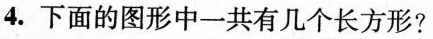
4.下面的图形中一共有几个长方形?